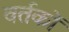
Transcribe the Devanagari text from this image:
वर्तकों